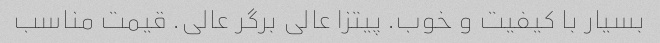
بسیار با کیفیت و خوب. پیتزا عالی برگر عالی. قیمت مناسب